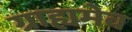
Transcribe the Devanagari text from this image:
ग्राह्यमेव